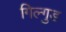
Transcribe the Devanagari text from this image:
गिल्गुड